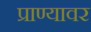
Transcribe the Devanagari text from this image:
प्राण्यावर